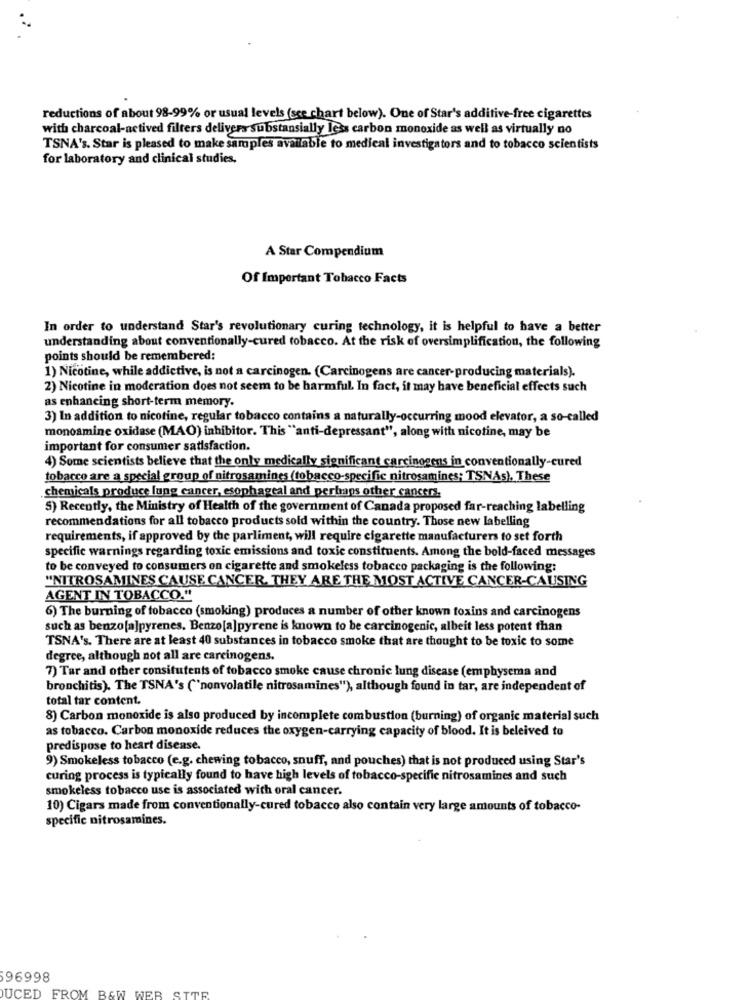
reductions of about 98-99% or usual levels (see chart below). One of Star's additive-free cigarettes
with charcoal-actived filters delivers substansially less carbon monoxide as well as virtually no
TSNA's. Star is pleased to make samples available to medical investigators and to tobacco scientists
for laboratory and clinical studies,
A Star Compendium
Of Important Tobacco Facts
In order to understand Star's revolutionary curing technology, it is helpful to have a better
understanding about conventionally-cured tobacco. At the risk of oversimplification, the following
points should be remembered:
1) Nicotine, while addictive, is not a carcinogen. (Carcinogens are cancer-producing materials).
2) Nicotine in moderation does not seem to be harmful. In fact, it may have beneficial effects such
as enhancing short-term memory.
3) In addition to nicotine, regular tobacco contains a naturally-occurring mood elevator, a so-called
monoamine oxidase (MAO) inhibitor. This "anti-depressant", along with nicotine, may be
important for consumer satisfaction.
4) Some scientists believe that the only medically significant carcinogens in conventionally-cured
tobacco are a special group of nitrosamines (tobacco-specific nitrosamines; TSNAs). These
chemicals produce lung cancer, esophageal and perhaps other cancers
5) Recently, the Ministry of Health of the government of Canada proposed far-reaching labelling
recommendations for all tobacco products sold within the country. Those new labelling
requirements, if approved by the parliment, will require cigarette manufacturers to set forth
specific warnings regarding toxic emissions and toxic constituents. Among the bold-faced messages
to be conveyed to consumers on cigarette and smokeless tobacco packaging is the following:
"NITROSAMIINES CAUSE CANCER. THEY ARE THE MOST ACTIVE CANCER-CAUSING
AGENT IN TOBACCO."
6) The burning of tobacco (smoking) produces a number of other known toxins and carcinogens
such as benzo[a]pyrenes. Benzo[a]pyrene is known to be carcinogenic, albeit less potent than
TSNA's. There are at least 40 substances in tobacco smoke that are thought to be toxic to some
degree, although not all are carcinogens.
7) Tar and other consitutents of tobacco smoke cause chronic lung disease (emphysema and
bronchitis). The TSNA's ('nonvolatile nitrosamines"), although found in tar, are independent of
total tar content.
8) Carbon monoxide is also produced by incomplete combustion (burning) of organic material such
as tobacco. Carbon monoxide reduces the oxygen-carrying capacity of blood. It is beleived to
predispose to heart disease.
9) Smokeless tobacco (e.g. chewing tobacco, snuff, and pouches) that is not produced using Star's
curing process is typically found to have high levels of tobacco-specific nitrosamines and such
smokeless tobacco use is associated with oral cancer.
10) Cigars made from conventionally-cured tobacco also contain very large amounts of tobacco-
specific nitrosamines.
96998
UCED FROM B&W WEB SITE